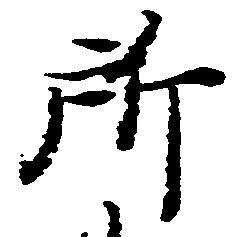
所